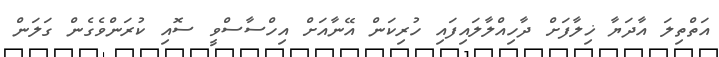
އަތްތިލަ އާދަޔާ ޚިލާފަށް ދާހިއްލާލައިފައި ހުރިކަން އޭނާއަށް އިހްސާސްވީ ސޮއި ކުރަންވެގެން ގަލަން